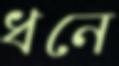
ধনে